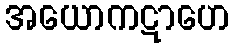
အယောကဋာဟေ